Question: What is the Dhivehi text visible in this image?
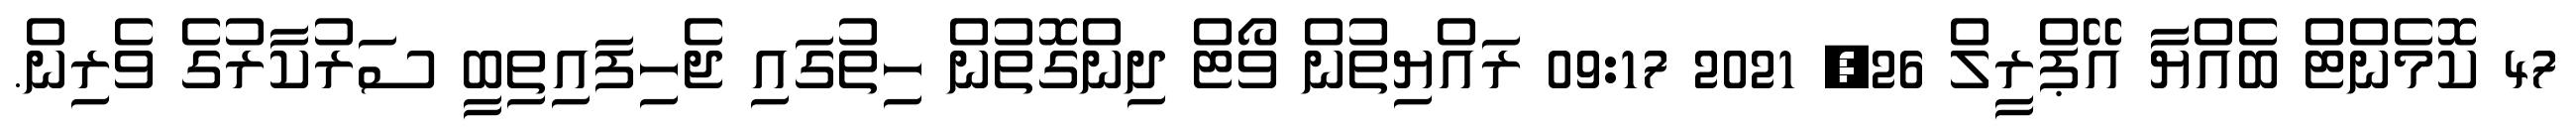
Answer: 47 ކޮމެންޓް ބެއްޔާ އޭޕްރީލް 26, 2021 09:17 ރައްޔިތުން ވޯޓް ދިންގޮތުން ހިތުގައި ޖެހިފައިތިބީ ސަރުކާރުގެ ވެރިން.